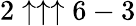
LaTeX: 2\uparrow\uparrow\uparrow 6-3